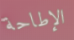
الإطاحة